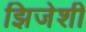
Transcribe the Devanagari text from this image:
झिजेशी